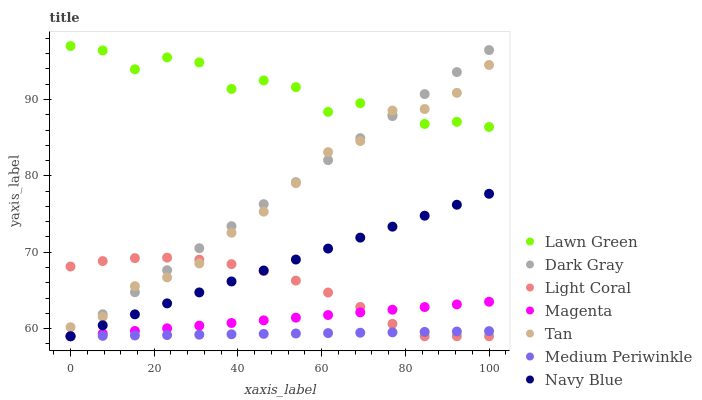
| xaxis_label | Lawn Green | Dark Gray | Light Coral | Magenta | Tan | Medium Periwinkle | Navy Blue |
 | --- | --- | --- | --- | --- | --- | --- | --- |
 | 0 | 97 | 59 | 68.1 | 59 | 60.2 | 59 | 59 |
 | 7.69 | 96.4 | 61.9 | 68.8 | 59.3 | 61.5 | 59.1 | 60.4 |
 | 15.4 | 93.9 | 64.8 | 69.2 | 59.7 | 65.6 | 59.1 | 61.9 |
 | 23.1 | 95.5 | 67.6 | 69.3 | 60 | 66.7 | 59.2 | 63.3 |
 | 30.8 | 94.9 | 70.5 | 69 | 60.4 | 68.5 | 59.2 | 64.7 |
 | 38.5 | 91.4 | 73.4 | 68.4 | 60.7 | 72.6 | 59.3 | 66.2 |
 | 46.2 | 92.5 | 76.3 | 67.5 | 61.1 | 75.3 | 59.3 | 67.6 |
 | 53.8 | 91.6 | 79.2 | 66.3 | 61.4 | 79 | 59.4 | 69 |
 | 61.5 | 88.4 | 82.1 | 64.7 | 61.8 | 83.1 | 59.4 | 70.5 |
 | 69.2 | 89.5 | 84.9 | 62.8 | 62.1 | 84.6 | 59.5 | 71.9 |
 | 76.9 | 88 | 87.8 | 60.6 | 62.5 | 88.6 | 59.5 | 73.3 |
 | 84.6 | 86.8 | 90.7 | 59 | 62.8 | 88.8 | 59.6 | 74.8 |
 | 92.3 | 87.1 | 93.6 | 59 | 63.2 | 90.9 | 59.6 | 76.2 |
 | 100 | 86.4 | 96.5 | 59 | 63.5 | 94.5 | 59.7 | 77.7 |